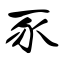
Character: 豕